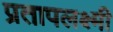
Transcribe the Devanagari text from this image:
प्रतापलक्ष्मी